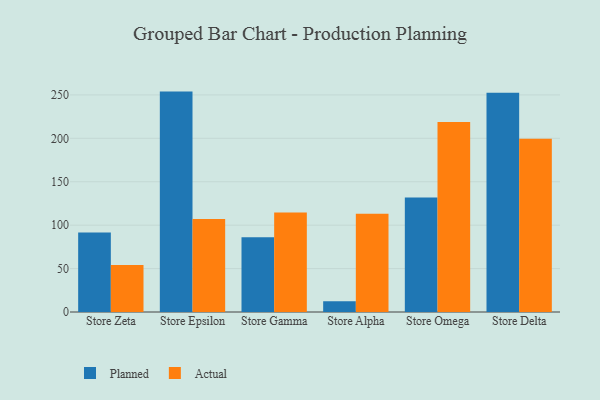
{"axis": {"x": "Store", "y": "Churn Rate (%)"}, "legend": ["Actual", "Planned"], "data": [{"x": "Store Zeta", "y": 91.5, "type": "Planned"}, {"x": "Store Zeta", "y": 54.1, "type": "Actual"}, {"x": "Store Epsilon", "y": 253.8, "type": "Planned"}, {"x": "Store Epsilon", "y": 107.1, "type": "Actual"}, {"x": "Store Gamma", "y": 86.0, "type": "Planned"}, {"x": "Store Gamma", "y": 114.5, "type": "Actual"}, {"x": "Store Alpha", "y": 12.5, "type": "Planned"}, {"x": "Store Alpha", "y": 113.0, "type": "Actual"}, {"x": "Store Omega", "y": 131.8, "type": "Planned"}, {"x": "Store Omega", "y": 218.9, "type": "Actual"}, {"x": "Store Delta", "y": 252.6, "type": "Planned"}, {"x": "Store Delta", "y": 199.5, "type": "Actual"}]}